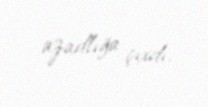
azadlığa çıxdı.